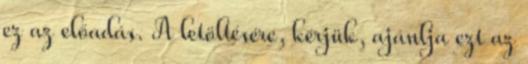
ez az előadás. A letöltésére, kérjük, ajánlja ezt az